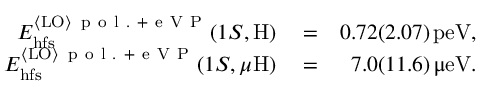
\begin{array} { r l r } { E _ { \mathrm { h f s } } ^ { { \langle \mathrm { L O } \rangle } \, \mathrm { ~ p ~ o ~ l ~ . ~ + ~ e ~ V ~ P ~ } } ( 1 S , \mathrm { H } ) } & { { } = } & { 0 . 7 2 ( 2 . 0 7 ) \, \mathrm { p e V } , } \\ { E _ { \mathrm { h f s } } ^ { { \langle \mathrm { L O } \rangle } \, \mathrm { ~ p ~ o ~ l ~ . ~ + ~ e ~ V ~ P ~ } } ( 1 S , \mu \mathrm { H } ) } & { { } = } & { 7 . 0 ( 1 1 . 6 ) \, \upmu \mathrm { e V } . } \end{array}